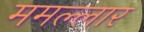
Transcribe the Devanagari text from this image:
ममल्लार